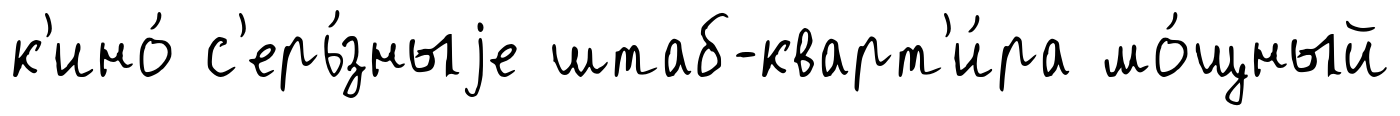
к'ино́ с'ерь́зныjе штаб-кварт'и́ра мо́щный